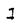
Character: I